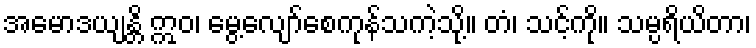
အမောဒယျန္တိ ဣဝ၊ မွေ့လျော်စေကုန်သကဲ့သို့။ တံ၊ သင့်ကို။ သမ္ပရိယိတာ၊